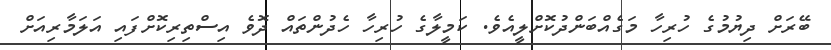
ބޭރަށް ދިޔުމުގެ ހުރިހާ މަގެއްބަންދުކޮށްލީއެވެ. ކަމީލާގެ ހުރިހާ ހެދުންތައް ދޮވެ އިސްތިރިކޮށްފައި އަލަމާރިއަށް